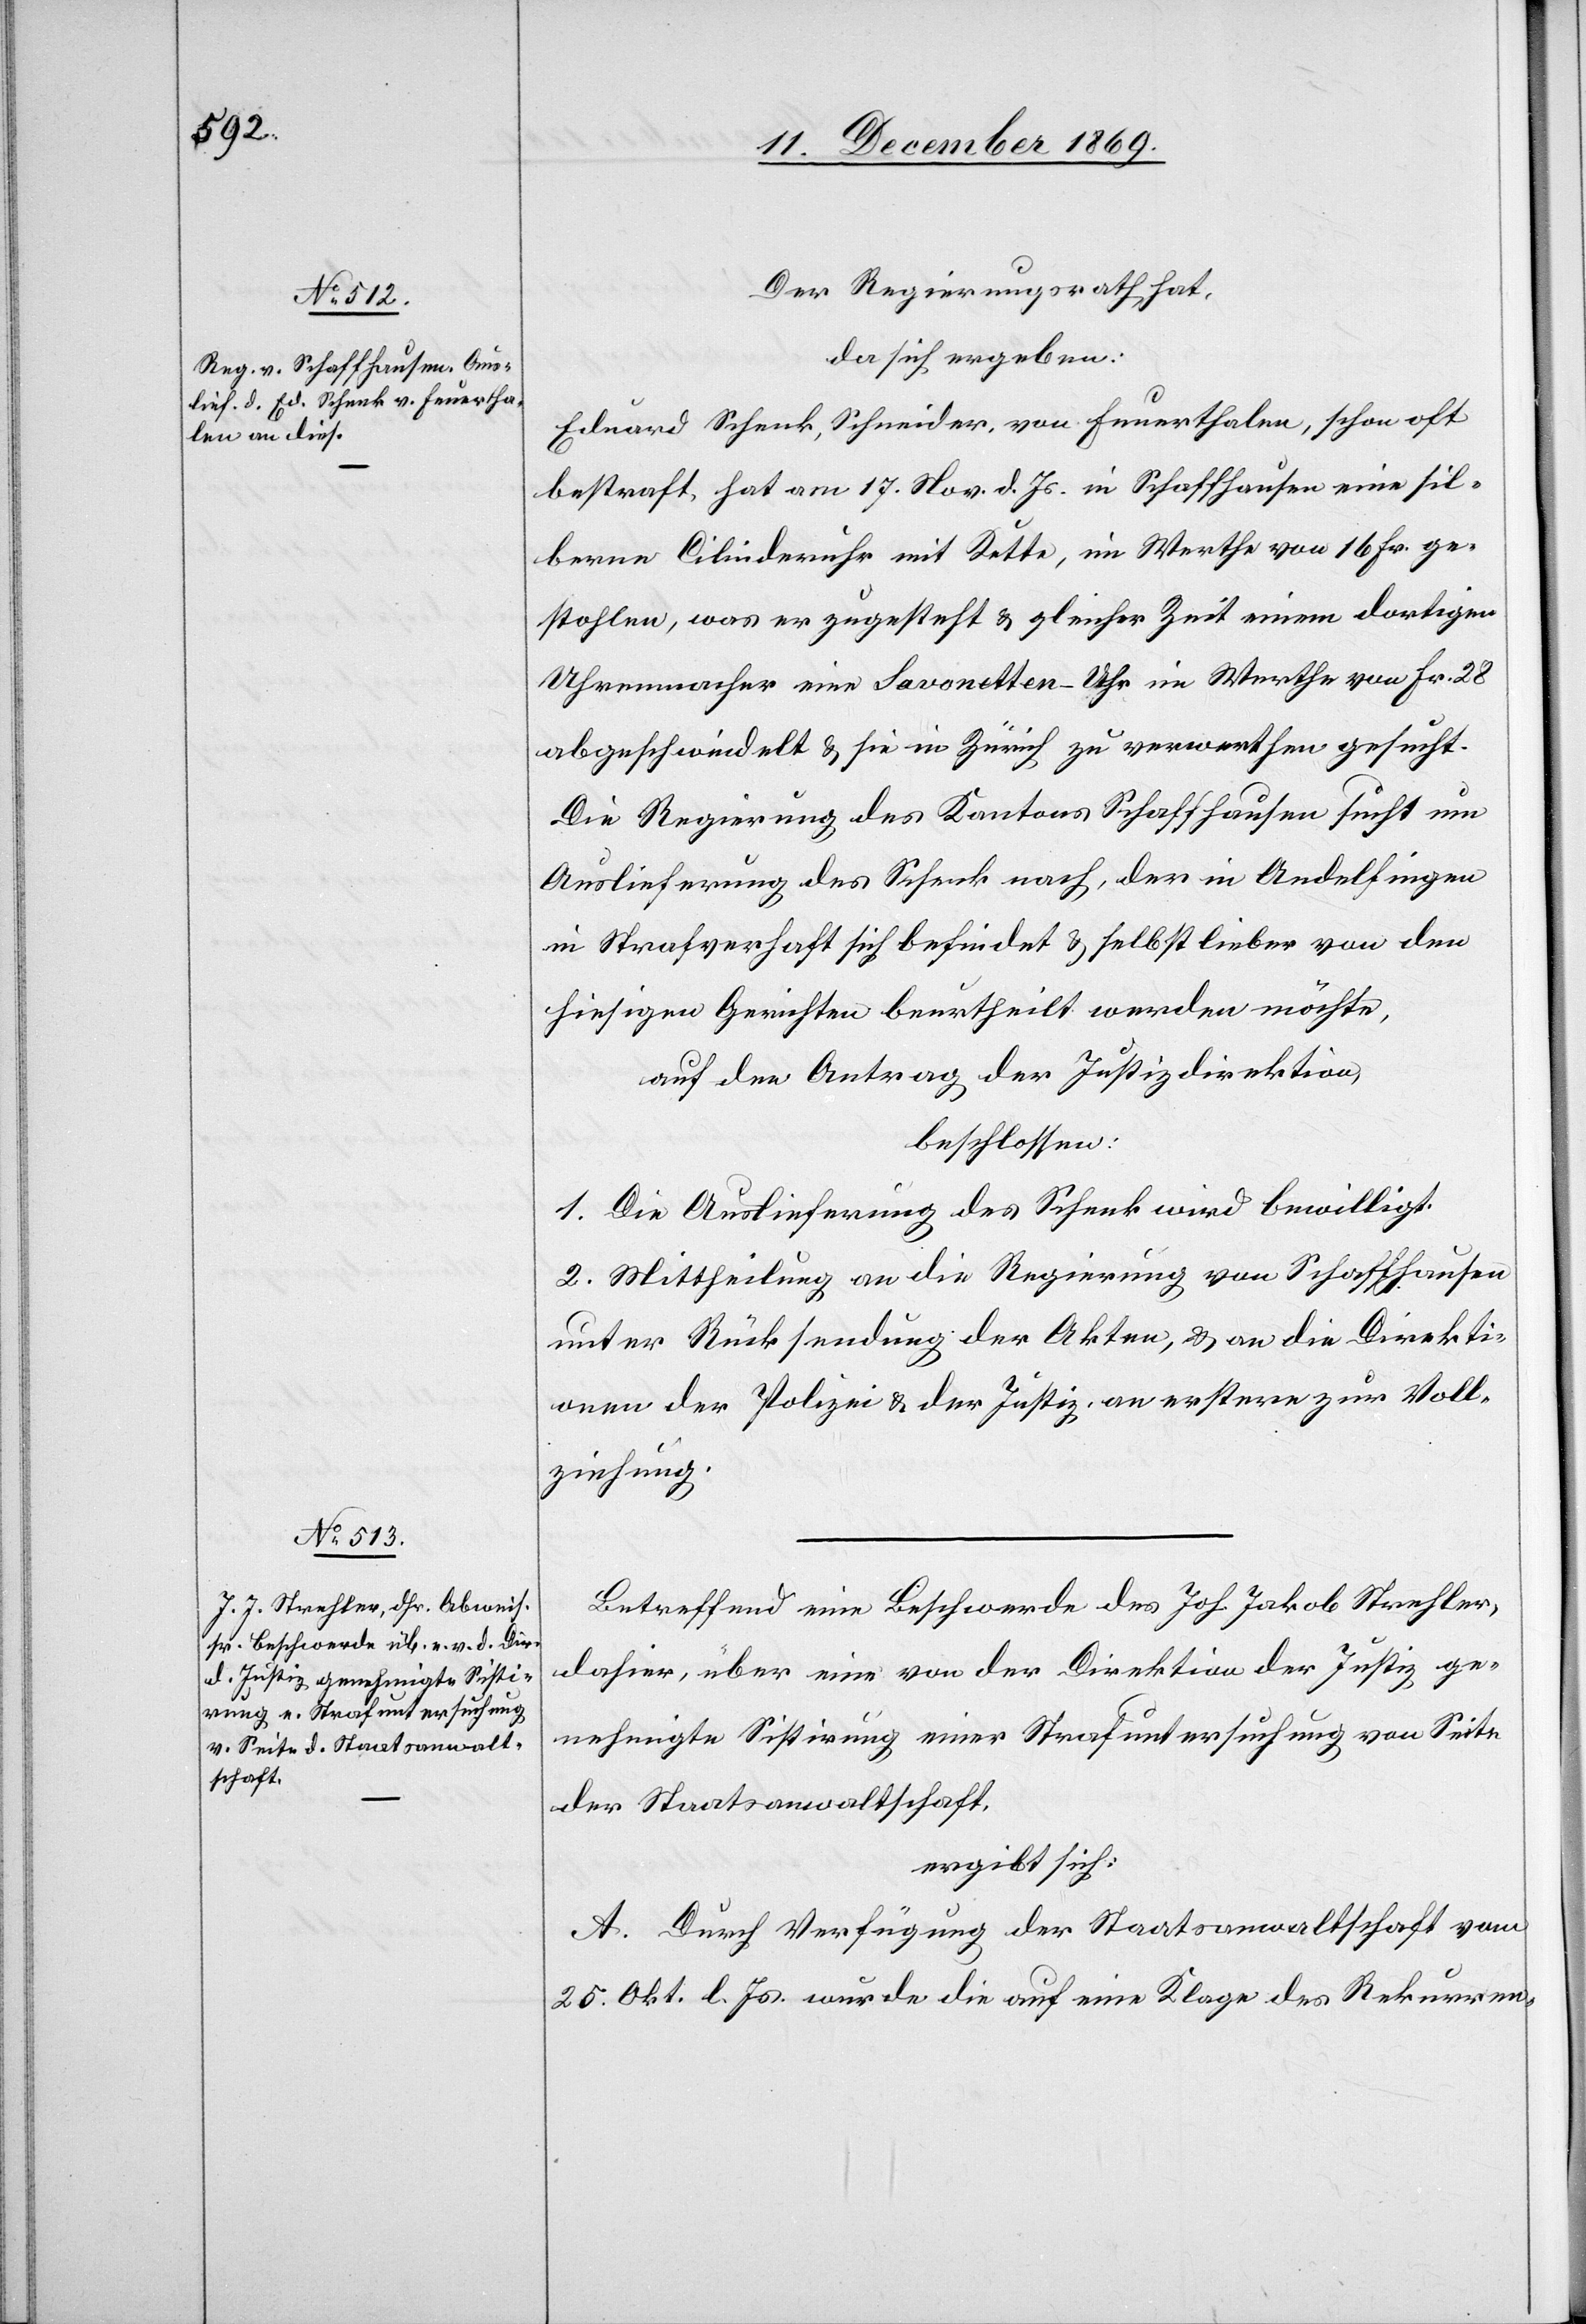
Der Regierungsrath hat,
da sich ergeben:
Eduard Schenk, Schneider, von Feuerthalen, schon oft
bestraft, hat am 17. Nov. d. Js. in Schaffhausen eine sil¬
berne Cilinderuhr mit Kette, im Werthe von 16 Fr. ge¬
stohlen, was er zugesteht & gleicher Zeit einem dortigen
Uhrenmacher eine Savonetten-Uhr im Werthe von Fr. 28
abgeschwindelt & sie in Zürich zu verwerthen gesucht.
Die Regierung des Kantons Schaffhausen sucht um
Auslieferung des Schenk nach, der in Andelfingen
in Strafverhaft sich befindet & selbst lieber von den
hiesigen Gerichten beurtheilt werden möchte,
auf den Antrag der Justizdirektion,
beschlossen:
1. Die Auslieferung des Schenk wird bewilligt.
2. Mittheilung an die Regierung von Schaffhausen
unter Rücksendung der Akten, & an die Direkti¬
onen der Polizei & der Justiz, an erstere zur Voll¬
ziehung.
Betreffend eine Beschwerde des Joh. Jakob Strehler,
dahier, über eine von der Direktion der Justiz ge¬
nehmigte Sistirung einer Strafuntersuchung von Seite
der Staatsanwaltschaft,
ergibt sich:
A. Durch Verfügung der Staatsanwaltschaft vom
25. Okt. l. Js. wurde die auf eine Klage des Rekurren-